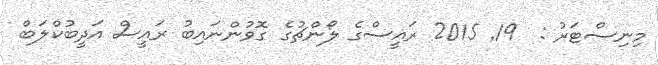
މިނިސްޓަރު :  19